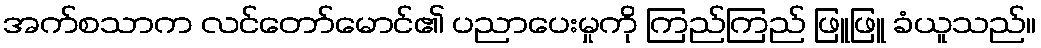
အက်စသာက လင်တော်မောင်၏ ပညာပေးမှုကို ကြည်ကြည် ဖြူဖြူ ခံယူသည်။